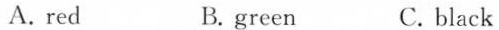
A.red B. green C. black